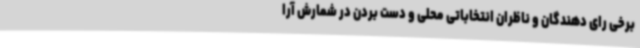
برخی رای دهندگان و ناظران انتخاباتی محلی و دست بردن در شمارش آرا